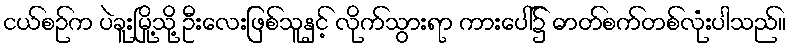
ငယ်စဉ်က ပဲခူးမြို့သို့ ဦးလေးဖြစ်သူနှင့် လိုက်သွားရာ ကားပေါ်၌ ဓာတ်စက်တစ်လုံးပါသည်။